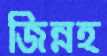
জিন্নহ